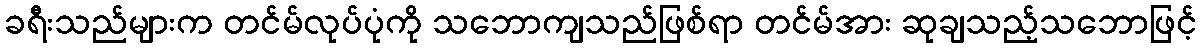
ခရီးသည်များက တင်မ်လုပ်ပုံကို သဘောကျသည်ဖြစ်ရာ တင်မ်အား ဆုချသည့်သဘောဖြင့်